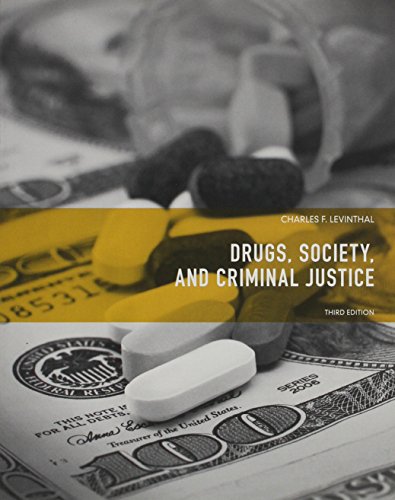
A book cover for Drugs, Society and Criminal Justice (3rd Edition); Charles F. Levinthal; Law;